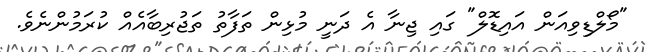
"މޯލްޑިވިއަން އައިޑޮލް" ގައި ޖިނާ އެ ދަނީ މުޅިން ތަފާތު ތަޖުރިބާއެއް ކުރަމުންނެވެ.